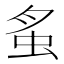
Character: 𧉏